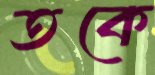
তকে